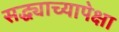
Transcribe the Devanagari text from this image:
सद्ध्याच्यापेक्षा